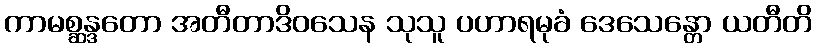
ကာမစ္ဆန္ဒတော အတီတာဒိဝသေန သုသူ ပဟာရမုခံ ဒေသေန္တော ယတီတိ